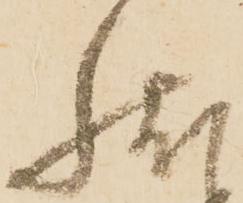
状